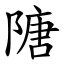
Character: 䧜